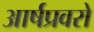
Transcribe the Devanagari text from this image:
आर्षप्रवरो